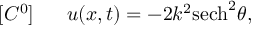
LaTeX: [ C ^ { 0 } ] ~ ~ ~ ~ ~ u ( x , t ) = - 2 k ^ { 2 } \mathrm { s e c h } ^ { 2 } \theta ,